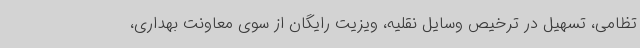
تظامی، تسهیل در ترخیص وسایل نقلیه، ویزیت رایگان از سوی معاونت بهداری،